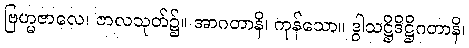
ဗြဟ္မဇာလေ၊ ဇာလသုတ်၌။ အာဂတာနိ၊ ကုန်သော။ ဒွါသဋ္ဌိဒိဋ္ဌိဂတာနိ၊